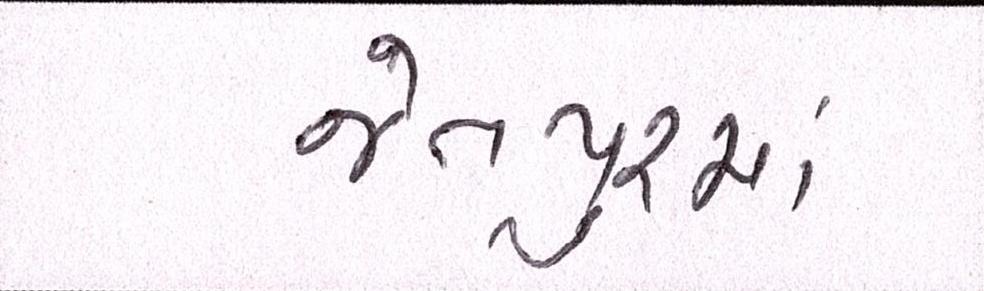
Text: જેતપુરમાં